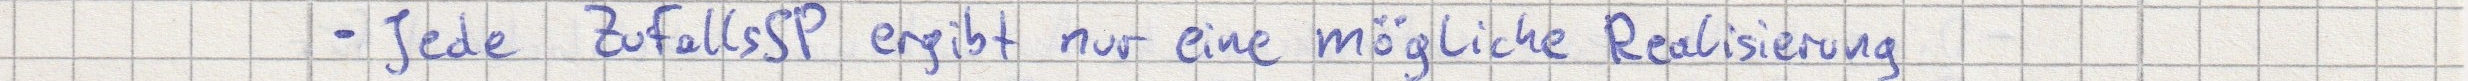
- Jede ZufallsSP ergibt nur eine mögliche Realisierung